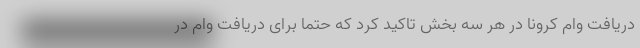
دریافت وام کرونا در هر سه بخش تاکید کرد که حتما برای دریافت وام در